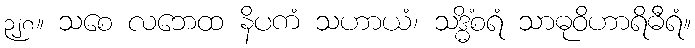
၃၂၈။ သစေ လဘေထ နိပကံ သဟာယံ၊ သဒ္ဓိံစရံ သာဓုဝိဟာရိဓီရံ။